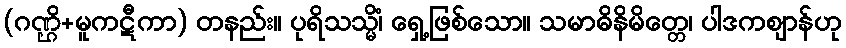
(ဂဏ္ဌိ+မူကဋီကာ) တနည်း။ ပုရိသသ္မိံ၊ ရှေ့ဖြစ်သော။ သမာဓိနိမိတ္တေ၊ ပါဒကဈာန်ဟု